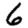
Digit: 6